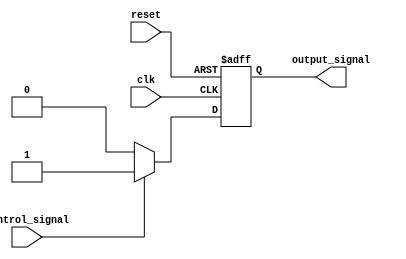
module Disable (
    input wire clk,               // Clock signal
    input wire reset,             // Asynchronous reset signal
    input wire control_signal,     // Control signal to enable/disable the block
    output reg output_signal      // Output signal from the block
);

// Internal state to track whether the block is enabled or disabled
reg is_enabled;

// Always block to handle state management and output behavior
always @(posedge clk or posedge reset) begin
    if (reset) begin
        is_enabled <= 1'b1;      // Reset to enabled state
        output_signal <= 1'b0;   // Reset output signal
    end else begin
        if (control_signal) begin
            is_enabled <= 1'b1;   // Enable the block
            // Perform normal operations here
            output_signal <= 1'b1; // Example output when enabled
        end else begin
            is_enabled <= 1'b0;    // Disable the block
            output_signal <= 1'b0;  // No output when disabled
        end
    end
end

endmodule